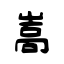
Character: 嵩